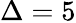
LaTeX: \Delta=5